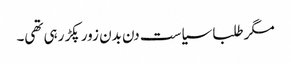
مگر طلبا سیاست دن بدن زور پکڑ رہی تھی۔